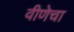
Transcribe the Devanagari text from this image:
वीणेचा